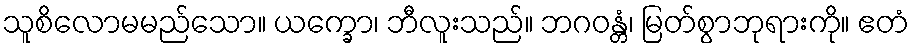
သူစိလောမမည်သော။ ယက္ခော၊ ဘီလူးသည်။ ဘဂဝန္တံ၊ မြတ်စွာဘုရားကို။ ဧတံ